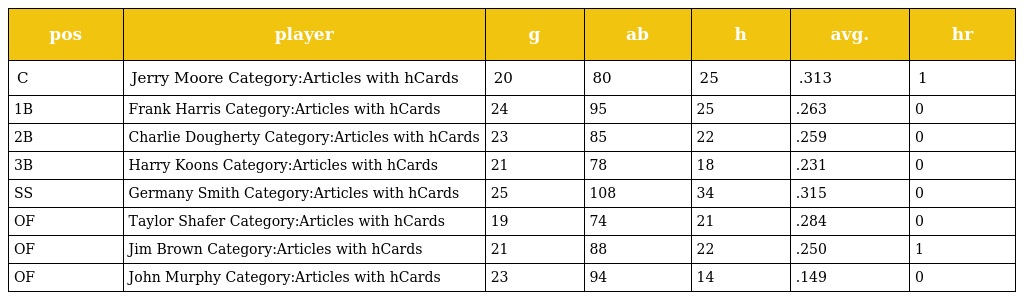
| pos | player | g | ab | h | avg. | hr |
 | --- | --- | --- | --- | --- | --- | --- |
 | C | Jerry Moore Category:Articles with hCards | 20 | 80 | 25 | .313 | 1 |
 | 1B | Frank Harris Category:Articles with hCards | 24 | 95 | 25 | .263 | 0 |
 | 2B | Charlie Dougherty Category:Articles with hCards | 23 | 85 | 22 | .259 | 0 |
 | 3B | Harry Koons Category:Articles with hCards | 21 | 78 | 18 | .231 | 0 |
 | SS | Germany Smith Category:Articles with hCards | 25 | 108 | 34 | .315 | 0 |
 | OF | Taylor Shafer Category:Articles with hCards | 19 | 74 | 21 | .284 | 0 |
 | OF | Jim Brown Category:Articles with hCards | 21 | 88 | 22 | .250 | 1 |
 | OF | John Murphy Category:Articles with hCards | 23 | 94 | 14 | .149 | 0 |